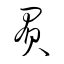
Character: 負